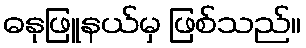
ဓနုဖြူနယ်မှ ဖြစ်သည်။